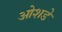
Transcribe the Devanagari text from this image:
ओशडे